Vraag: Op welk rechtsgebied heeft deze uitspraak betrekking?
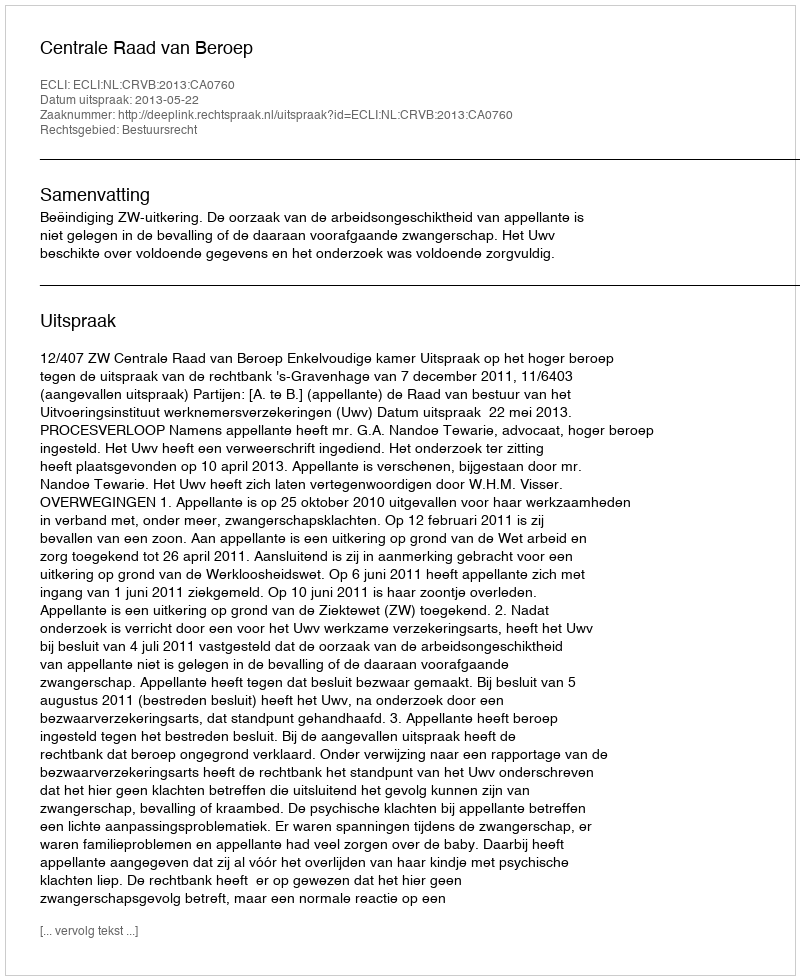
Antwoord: Bestuursrecht